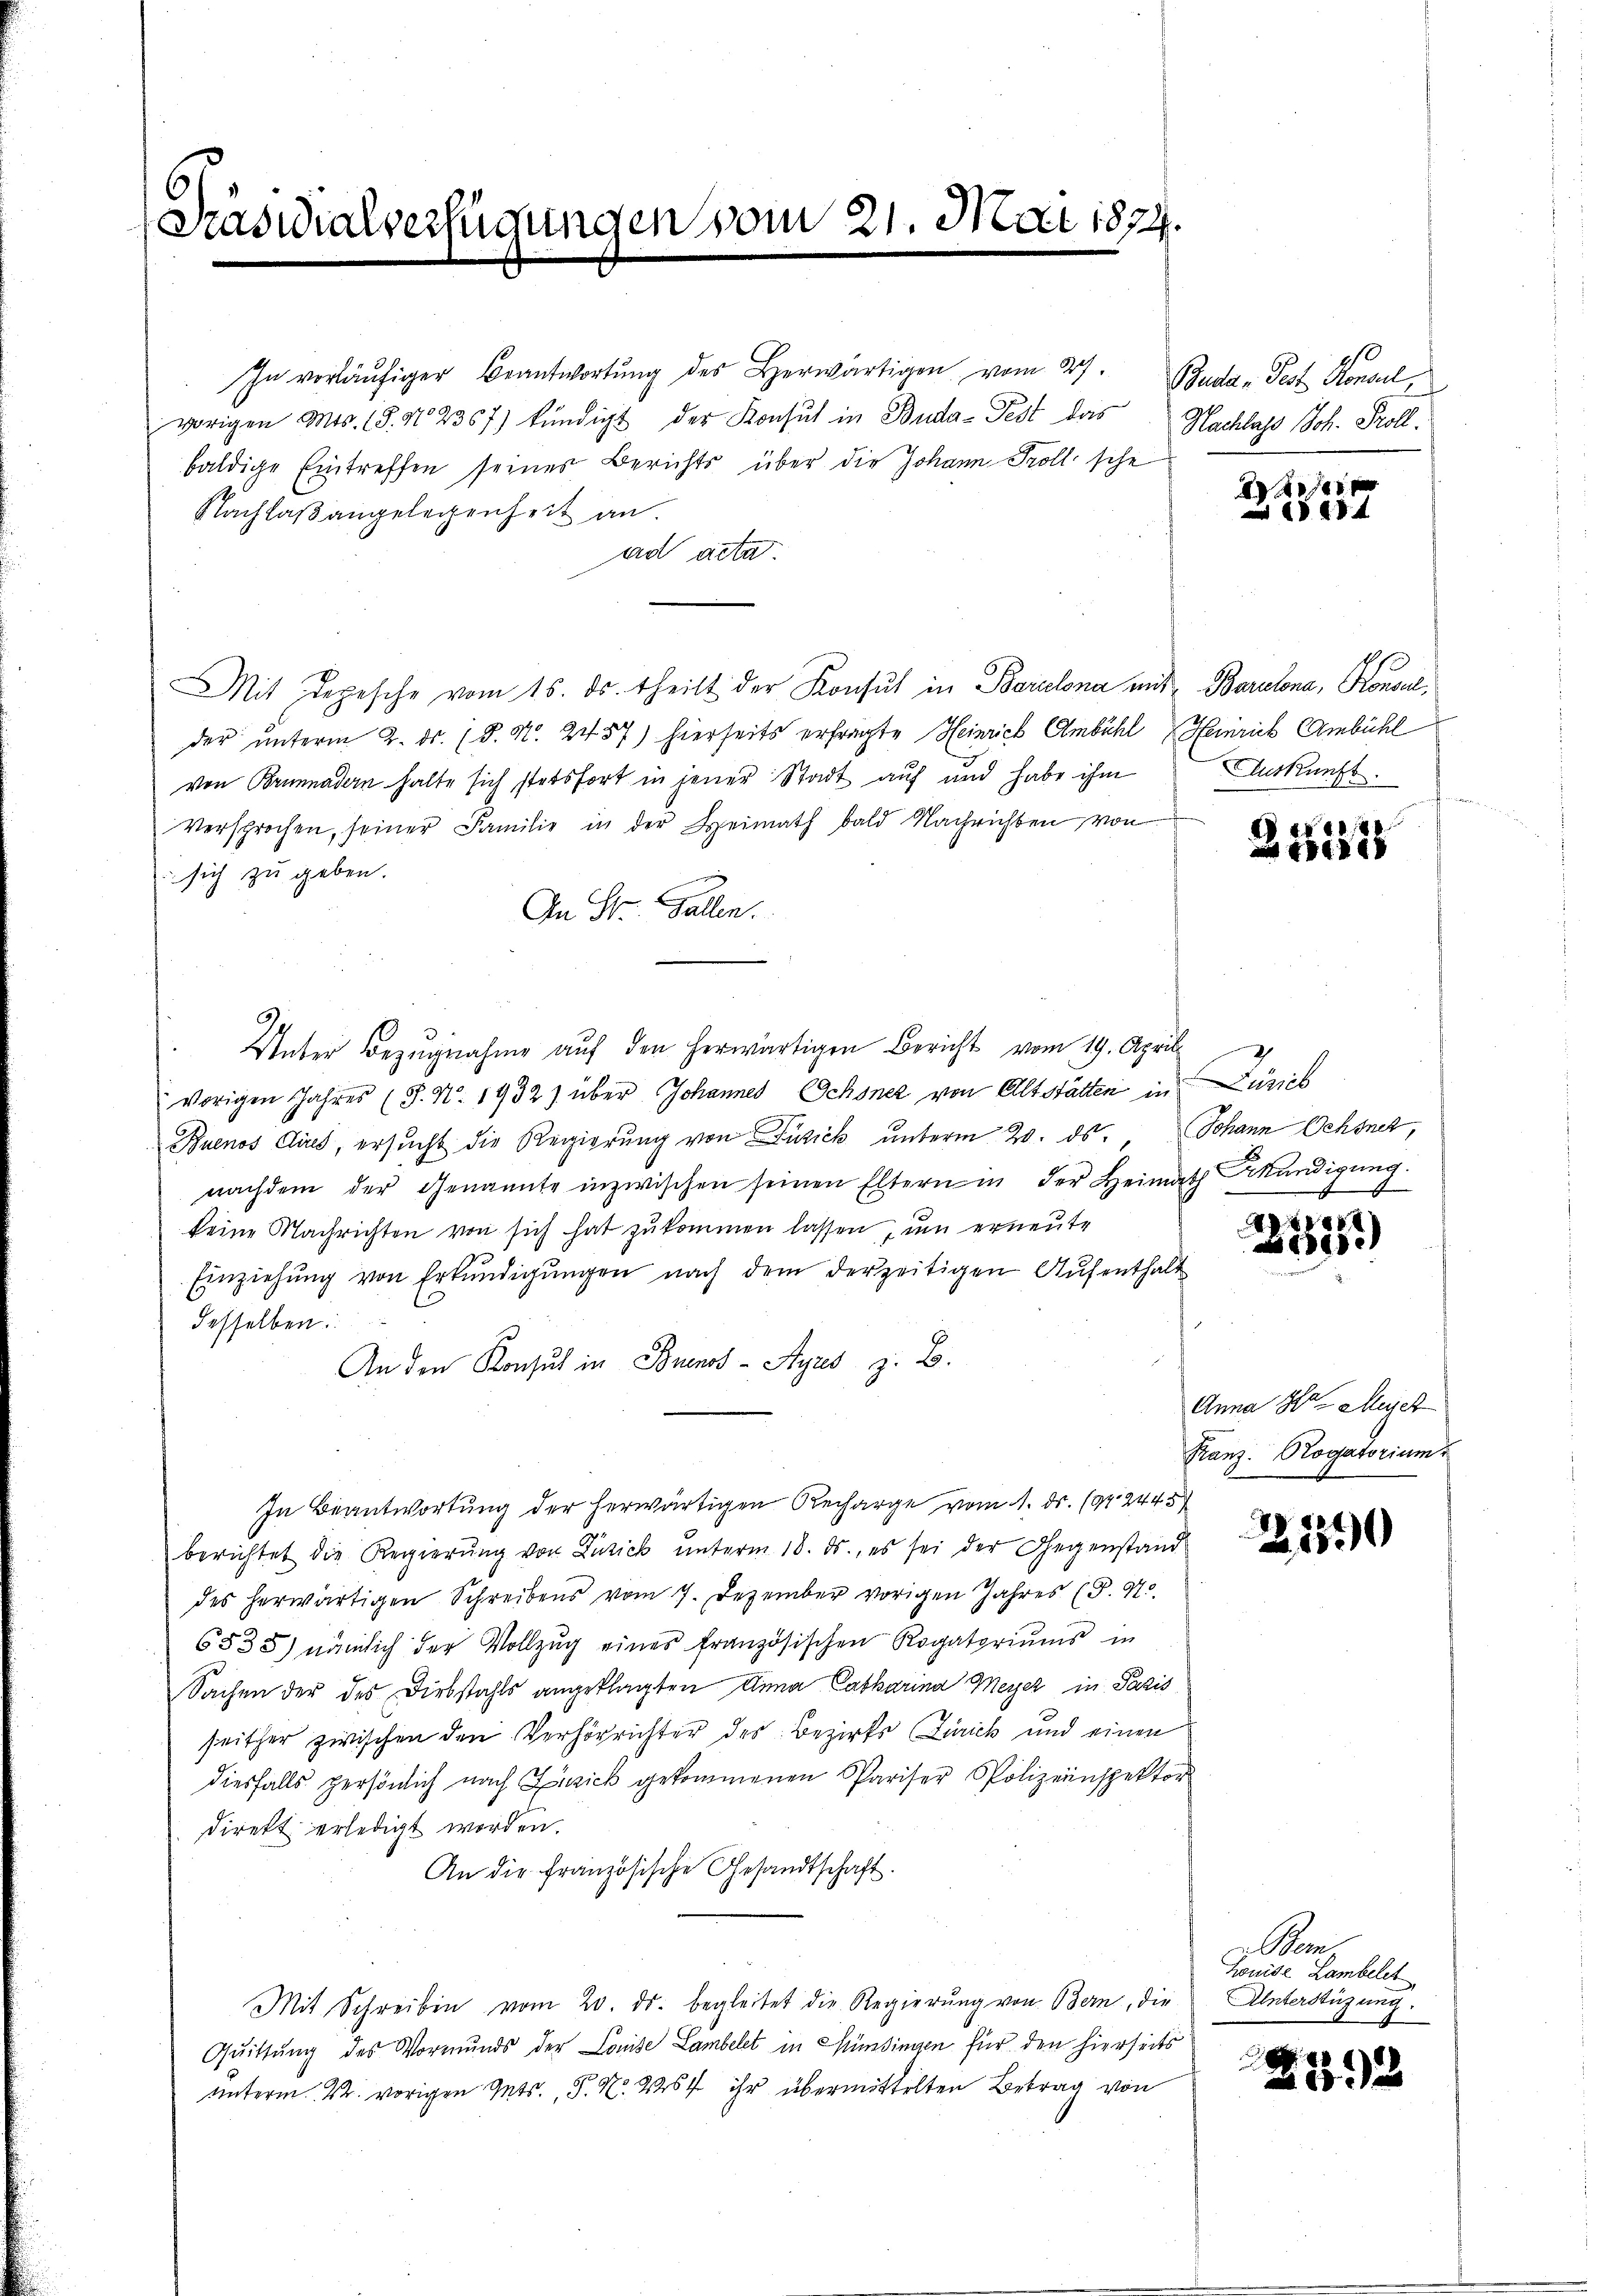
Präsidialverfügungen vom 21. Mai 1874.

In vorläufiger Beantwortung des Herwärtigen vom 27. Buda-Fest Konsul,
vorigen Mis. (§. N. 2367) kündigt der Konsul in Buda-Fest das Nachlass Joh. Koll
baldige Eintreffen seines Berichts über die Johann Troll sche
Nachlaßangelegenheit an.
ad acta.
Mit Depesche vom 15. ds. theilt der Konsul in Barcelona mit Berulona, Konsul
der unterm 2. ds. 18. N. 2457) hierseits erfragte Heinrich Ambühl Heinrich Ambühl
von Brunnadern halte sich stetsfort in jener Stadt auf und habe ihm
Versprochen, seiner Familie in der Heimath bald Nachrichten von
sich zu geben.
e
An St. Gallen.
Unter Bezugnahme auf den herwärtigen Bericht vom 19. April
vorigen Jahres (S. Nr. 1932) über Johannes Ochsnez von Altstätten in Düncl
Buenos Aires, ersŭcht die Regierŭng von Zusick unterm 20. ds. " Johann Ochsner,
nachdem der Genannte inzwischen seinen Eltern in der Heimath kündigung.
keine Nachrichten von sich hat zukommen lassen, um erneute
Einziehŭng von Erkŭndigŭngen nach dem derzeitigen Aufenthalt
desselben
An den Konsul in Buenos-Ayres z. B.
In Beantwortung der herwärtigen Recharge vom 1. ds. 1942445
berichtet die Regierŭng von Zusick unterm 18. ds., es sei der Gegenstand
des herwärtigen Schreibens vom 7. Dezember vorigen Jahres (S. 975.
6535) nämlich der Vollzŭg eines französischen Rogatoriŭms in
Sachen der des Diebstahls angeklagten Anna Catharina Meyer in Paris
seither zwischen den Verhörrichter des Bezirks Zürich und einen
diesfalls persönlich nach Zusick gekommenen Pariser Polizeinspektor
direkt erledigt worden.
An die französische Gesandtschaft.
Mit Schreiben vom 20. ds. begleitet die Regierung von Bern, die Unterstüzung.
Quittung des Vormunds der Louise Lambelet in Mündingen für den hierseits
unterm 22. vorigen Guts., P. N. 254 ihr übermittelten Betrag von

10xx
8884

Auskunft.

251875

110x
e

Anna Hr. Meyer
Ranz. Rogatorium u

21859

Ben
Louise Lambelt

20
a

8392